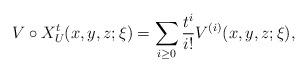
LaTeX: \begin{align*}V\circ X_U^t(x,y,z;\xi)=\sum_{i\geq 0}\frac{t^{i}}{i!}V^{(i)}(x,y,z;\xi),\end{align*}